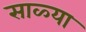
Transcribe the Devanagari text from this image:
साळ्या